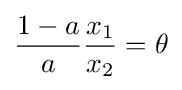
{\frac {1-a}{a}}{\frac {x_{1}}{x_{2}}}=\theta